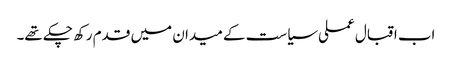
اب اقبال عملی سیاست کے میدان میں قدم رکھ چکے تھے۔